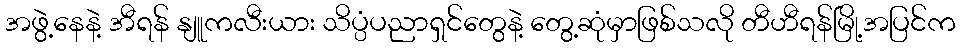
အဖွဲ့နေနဲ့ အီရန် နျူကလီးယား သိပ္ပံပညာရှင်တွေနဲ့ တွေ့ဆုံမှာဖြစ်သလို တီဟီရန်မြို့အပြင်က